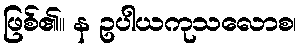
ဖြစ်၏။ န ဥပါယကုသလောစ၊